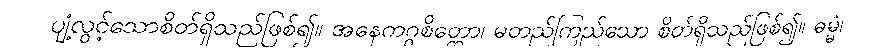
ပျံ့လွင့်သောစိတ်ရှိသည်ဖြစ်၍။ အနေကဂ္ဂစိတ္တော၊ မတည်ကြည်သော စိတ်ရှိသည်ဖြစ်၍။ ဓမ္မံ၊